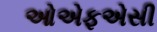
ઓએફએસી